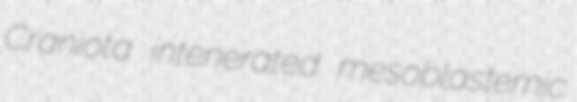
Craniota intenerated mesoblastemic